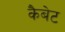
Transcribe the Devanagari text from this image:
कैबेट